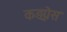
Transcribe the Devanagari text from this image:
कङ्ग्रेस